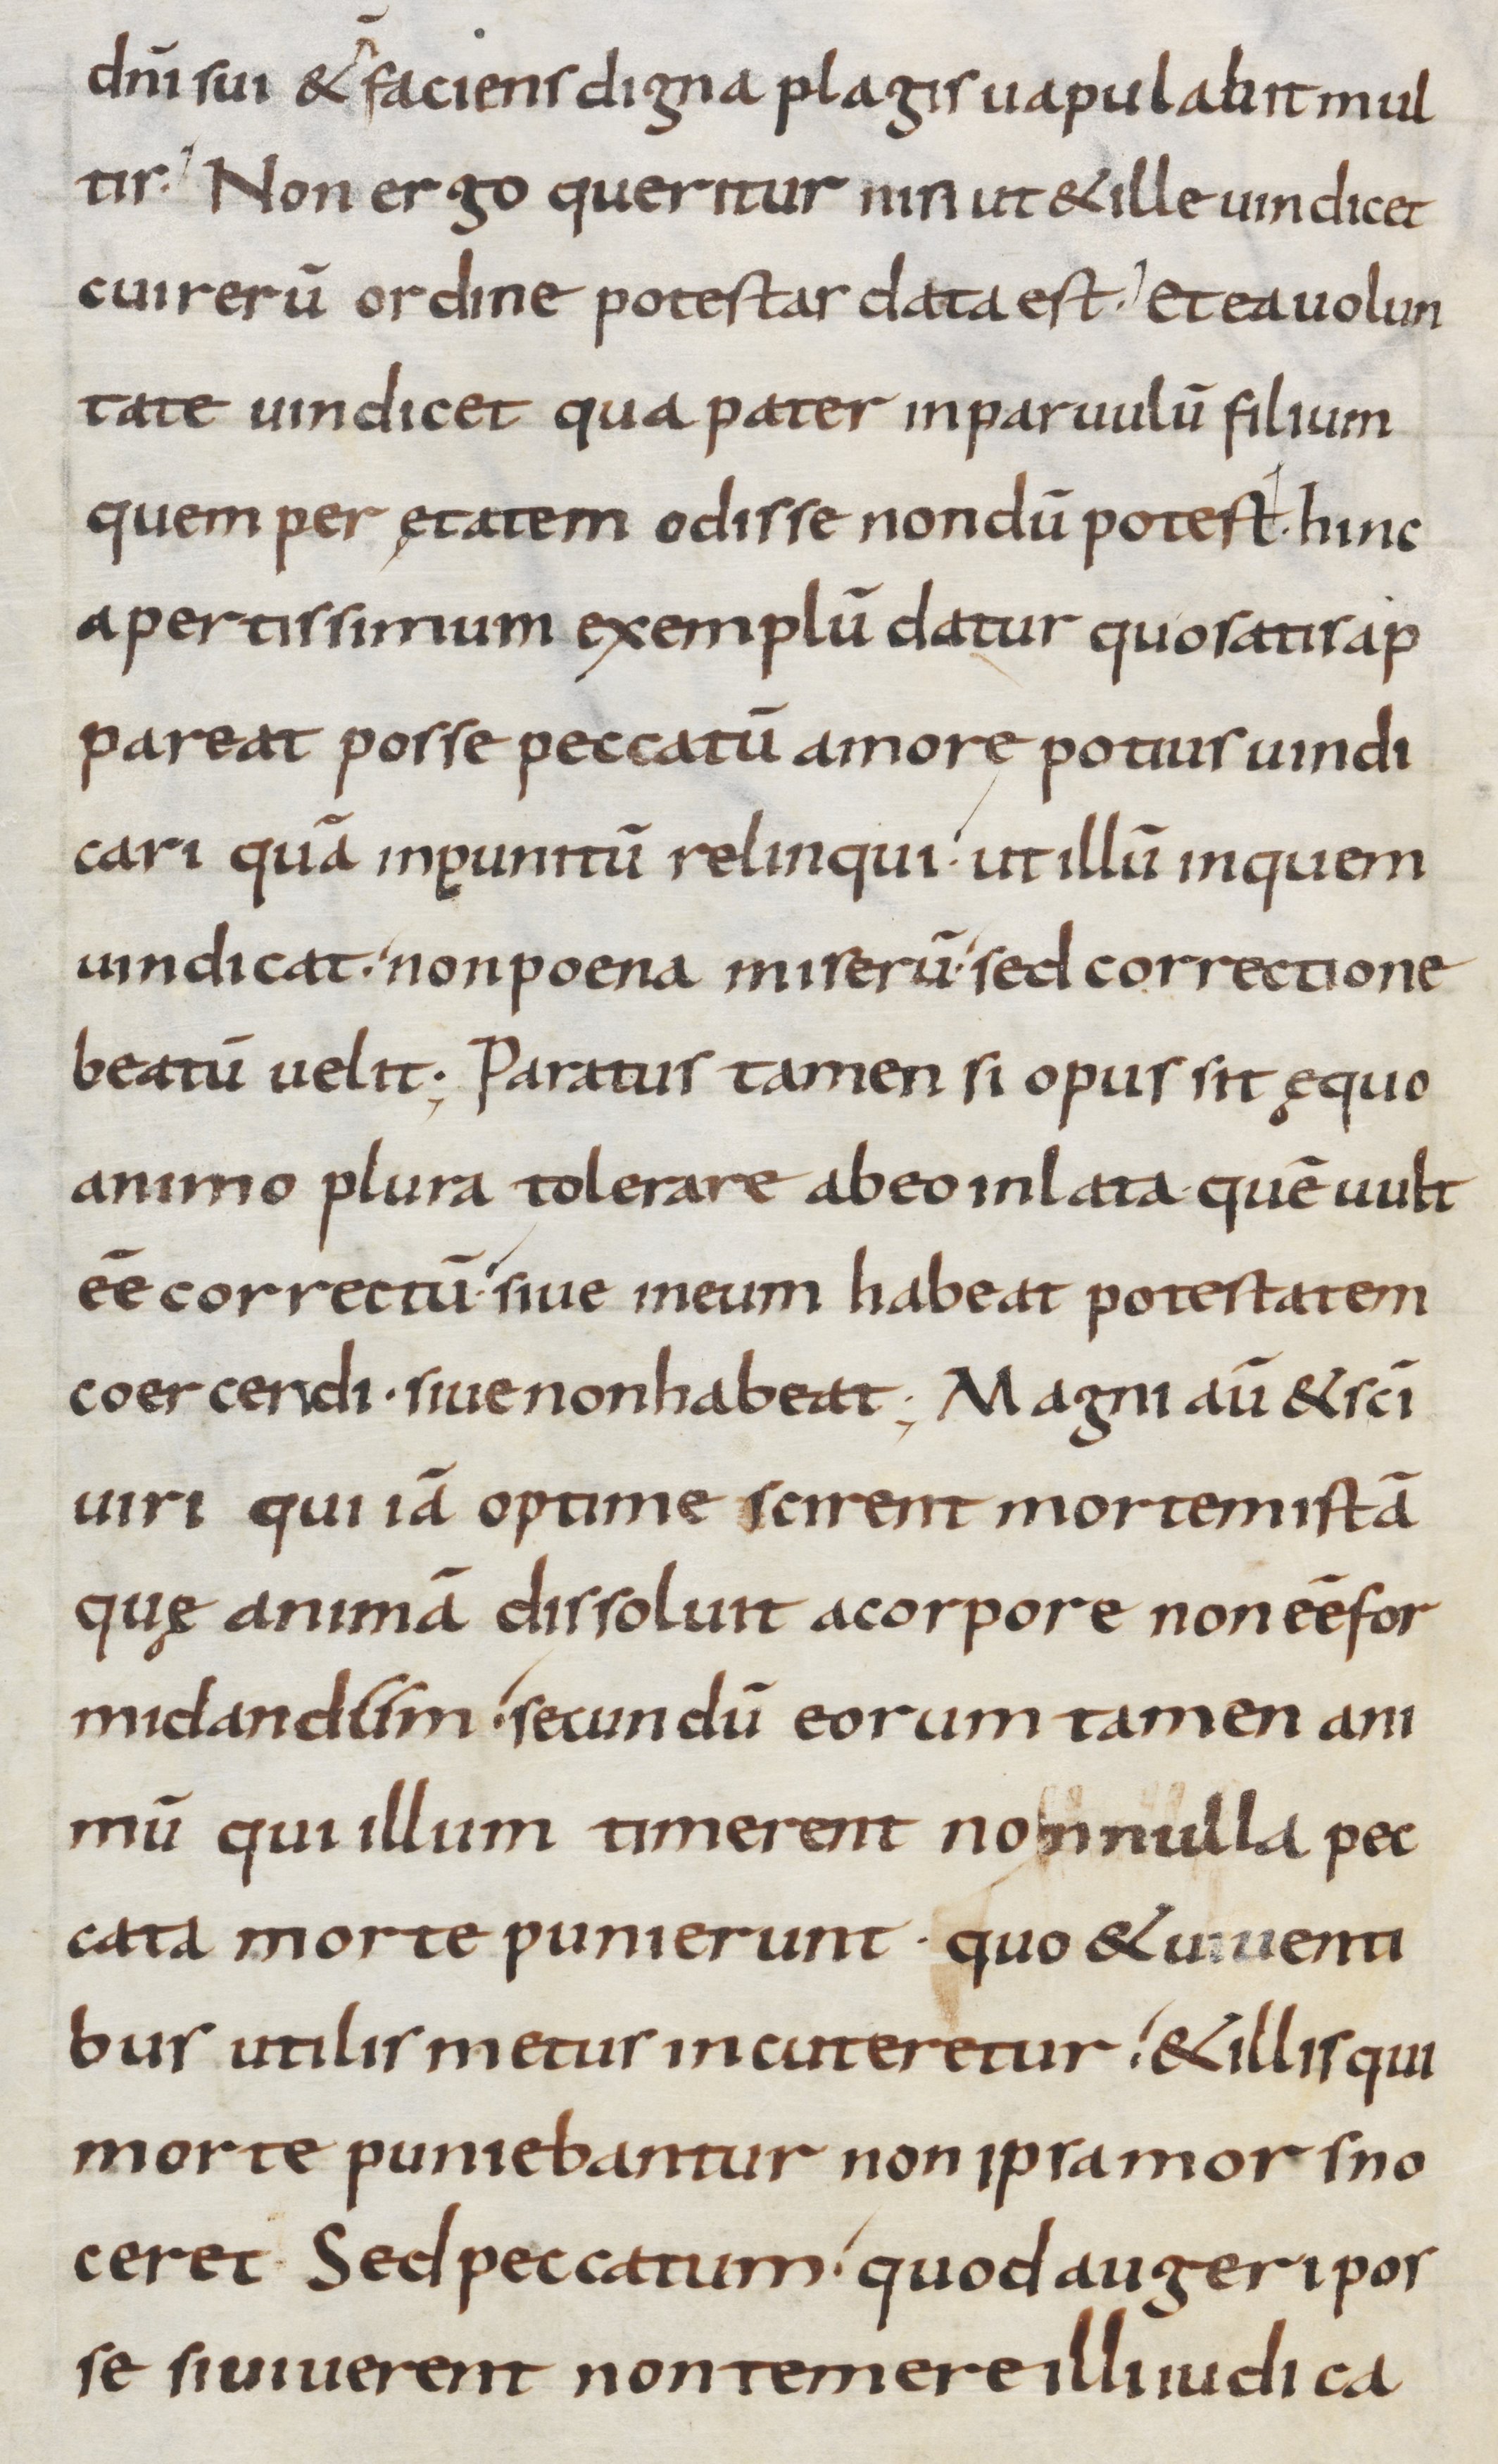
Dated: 800–899